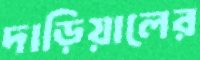
দাড়িয়ালের